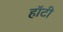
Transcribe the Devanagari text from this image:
हॉटी